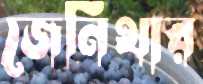
জেনিথার